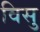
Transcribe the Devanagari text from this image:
विसु